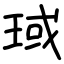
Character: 琙